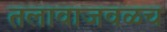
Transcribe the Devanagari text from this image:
तलावाजवळच